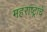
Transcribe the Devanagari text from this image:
महराष्ट्राचे